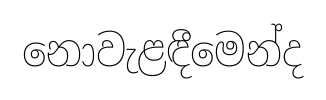
නොවැළඳීමෙන්ද